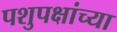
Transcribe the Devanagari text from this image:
पशुपक्षांच्या